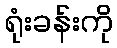
ရုံးခန်းကို